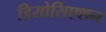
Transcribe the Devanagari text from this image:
डिसोसिएशन